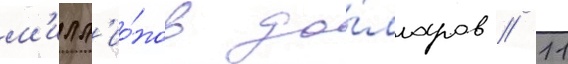
м'илл'ио́нов до́лларов // 11